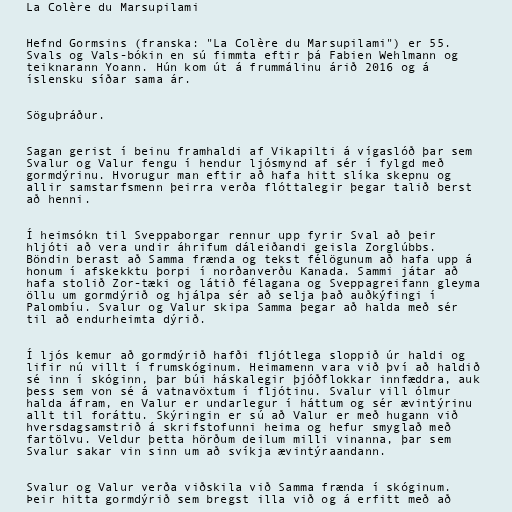
La Colère du Marsupilami

Hefnd Gormsins (franska: "La Colère du Marsupilami") er 55.
Svals og Vals-bókin en sú fimmta eftir þá Fabien Wehlmann og
teiknarann Yoann. Hún kom út á frummálinu árið 2016 og á
íslensku síðar sama ár.

Söguþráður.

Sagan gerist í beinu framhaldi af Vikapilti á vígaslóð þar sem
Svalur og Valur fengu í hendur ljósmynd af sér í fylgd með
gormdýrinu. Hvorugur man eftir að hafa hitt slíka skepnu og
allir samstarfsmenn þeirra verða flóttalegir þegar talið berst
að henni.

Í heimsókn til Sveppaborgar rennur upp fyrir Sval að þeir
hljóti að vera undir áhrifum dáleiðandi geisla Zorglúbbs.
Böndin berast að Samma frænda og tekst félögunum að hafa upp á
honum í afskekktu þorpi í norðanverðu Kanada. Sammi játar að
hafa stolið Zor-tæki og látið félagana og Sveppagreifann gleyma
öllu um gormdýrið og hjálpa sér að selja það auðkýfingi í
Palombíu. Svalur og Valur skipa Samma þegar að halda með sér
til að endurheimta dýrið.

Í ljós kemur að gormdýrið hafði fljótlega sloppið úr haldi og
lifir nú villt í frumskóginum. Heimamenn vara við því að haldið
sé inn í skóginn, þar búi háskalegir þjóðflokkar innfæddra, auk
þess sem von sé á vatnavöxtum í fljótinu. Svalur vill ólmur
halda áfram, en Valur er undarlegur í háttum og sér ævintýrinu
allt til foráttu. Skýringin er sú að Valur er með hugann við
hversdagsamstrið á skrifstofunni heima og hefur smyglað með
fartölvu. Veldur þetta hörðum deilum milli vinanna, þar sem
Svalur sakar vin sinn um að svíkja ævintýraandann.

Svalur og Valur verða viðskila við Samma frænda í skóginum.
Þeir hitta gormdýrið sem bregst illa við og á erfitt með að